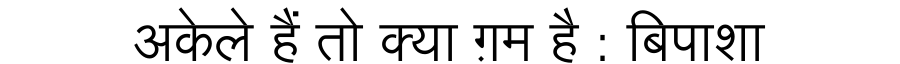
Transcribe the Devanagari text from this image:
अकेले हैं तो क्या ग़म है : बिपाशा